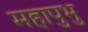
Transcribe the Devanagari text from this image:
महापुभु